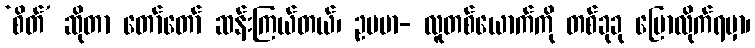
‘စိတ်’ ဆိုတာ တော်တော် ဆန်းကြယ်တယ်၊ ဥပမာ- လူတစ်ယောက်ကို တစ်ခုခု ပြောလိုက်ရမှာ၊